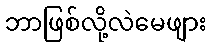
ဘာဖြစ်လို့လဲမေဖျား